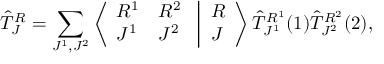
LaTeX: { \hat { \cal T } } _ { J } ^ { R } = \sum _ { J ^ { 1 } , J ^ { 2 } } \left\langle \begin{array} { l l } { { R ^ { 1 } } } & { { R ^ { 2 } } } \\ { { J ^ { 1 } } } & { { J ^ { 2 } } } \end{array} \right. \left| \begin{array} { l } { { R } } \\ { { J } } \end{array} \right\rangle { \hat { \cal T } } _ { J ^ { 1 } } ^ { R ^ { 1 } } ( 1 ) { \hat { \cal T } } _ { J ^ { 2 } } ^ { R ^ { 2 } } ( 2 ) ,